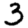
Digit: 3